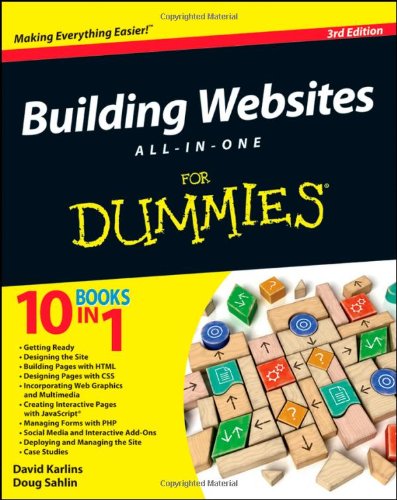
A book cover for Building Websites All-in-One For Dummies; David Karlins; Computers & Technology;